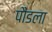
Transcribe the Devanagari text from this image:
पौंडला